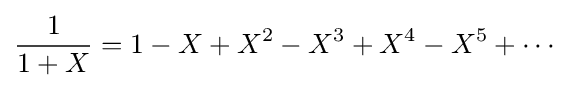
{\frac {1}{1+X}}=1-X+X^{2}-X^{3}+X^{4}-X^{5}+\cdots